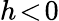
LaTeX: h\! <\! 0